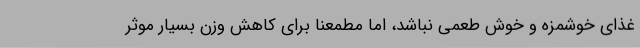
غذای خوشمزه و خوش طعمی نباشد، اما مطمعنا برای کاهش وزن بسیار موثر